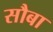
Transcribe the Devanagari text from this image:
सौबा